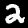
Label: 2